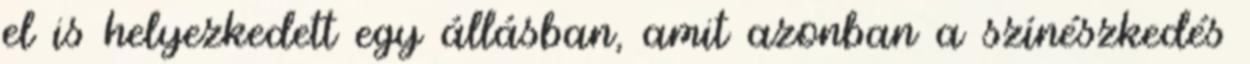
el is helyezkedett egy állásban, amit azonban a színészkedés